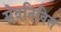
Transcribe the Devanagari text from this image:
सेवनिवित्त